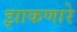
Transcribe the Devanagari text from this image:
झाकणारे